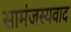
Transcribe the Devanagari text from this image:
सामंजस्यवाद